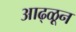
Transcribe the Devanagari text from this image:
आढ्ळून